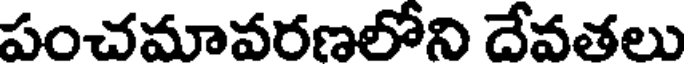
పంచమావరణలోని దేవతలు